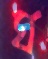
ঘ